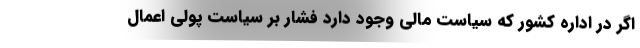
اگر در اداره کشور که سیاست مالی وجود دارد فشار بر سیاست پولی اعمال